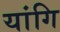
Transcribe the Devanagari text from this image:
यांगि